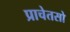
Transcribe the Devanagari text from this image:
प्राचेतसो